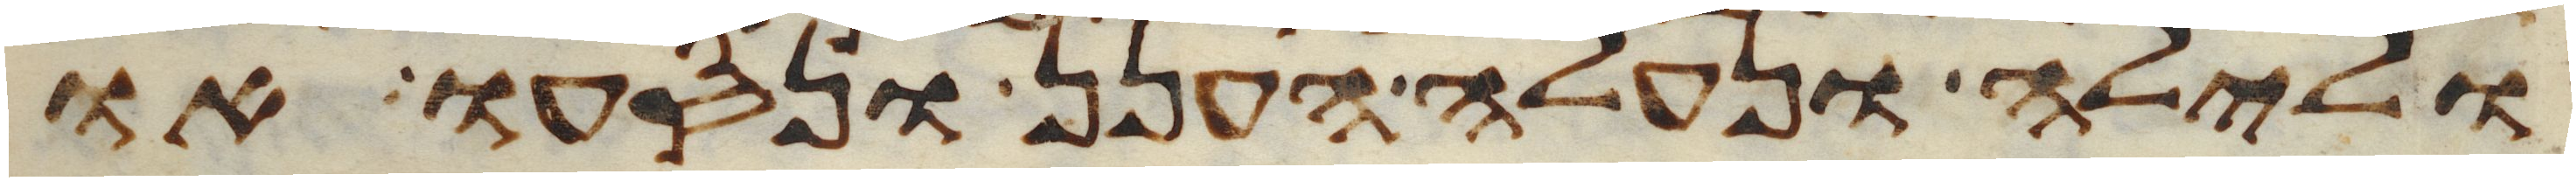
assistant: ולילה ונעלה הענן ונסעו או